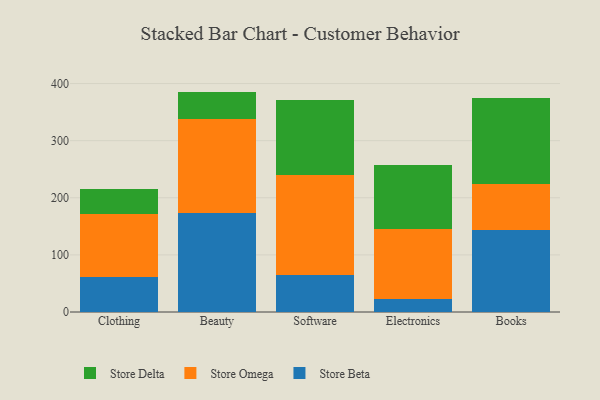
{"axis": {"x": "Category", "y": "Market Share (%)"}, "legend": ["Store Beta", "Store Delta", "Store Omega"], "data": [{"x": "Clothing", "y": 61.5, "type": "Store Beta"}, {"x": "Clothing", "y": 109.8, "type": "Store Omega"}, {"x": "Clothing", "y": 44.3, "type": "Store Delta"}, {"x": "Beauty", "y": 172.6, "type": "Store Beta"}, {"x": "Beauty", "y": 164.9, "type": "Store Omega"}, {"x": "Beauty", "y": 48.4, "type": "Store Delta"}, {"x": "Software", "y": 64.0, "type": "Store Beta"}, {"x": "Software", "y": 175.6, "type": "Store Omega"}, {"x": "Software", "y": 131.2, "type": "Store Delta"}, {"x": "Electronics", "y": 23.5, "type": "Store Beta"}, {"x": "Electronics", "y": 121.9, "type": "Store Omega"}, {"x": "Electronics", "y": 111.8, "type": "Store Delta"}, {"x": "Books", "y": 144.2, "type": "Store Beta"}, {"x": "Books", "y": 79.3, "type": "Store Omega"}, {"x": "Books", "y": 150.9, "type": "Store Delta"}]}